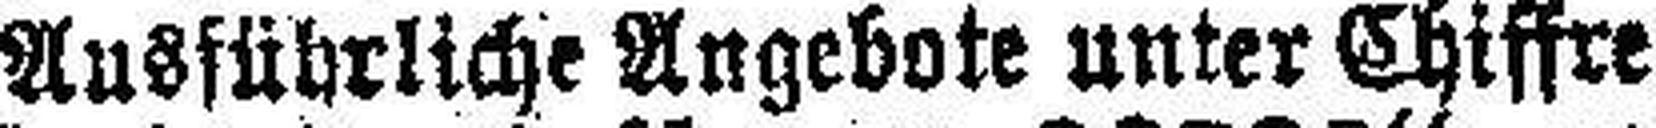
Ausführliche Angebote unter Chiffre